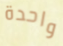
واحدة